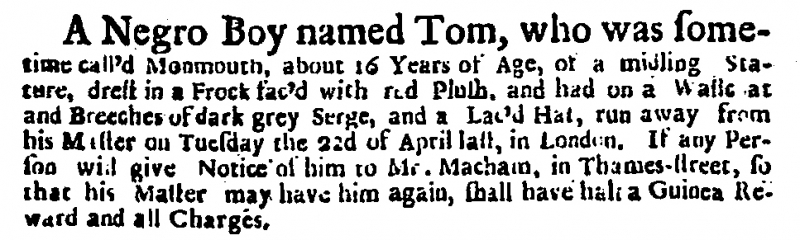
Daily Courant, 1 May 1718 (England)
A Negro Boy named Tom, who was sometime call’d Monmouth, about 16 Years of Age, of a middling Stature, drest in a Frock fac’d with red Plush, and had on a Wastcoat and Breeches of dark grey Serge, and a Lac’d Hat, run away from his Master on Tuesday the 22d of April last, in London. If any Person will give Notice of him to Mr. Macham, in Thames-street, so that his Master may have him again, shall have half a Guinea Reward and all Charges.